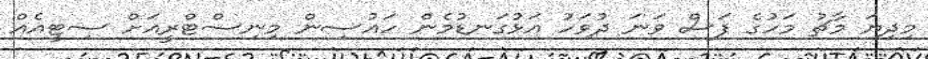
މިދިޔަ މާޗު މަހުގެ ފަސް ވަނަ ދުވަހު އަޅުގަނޑުމެން ހައުސިން މިނިސްޓްރީއަށް ސިޓީއެއް